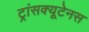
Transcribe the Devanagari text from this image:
ट्रांसक्यूटेनस